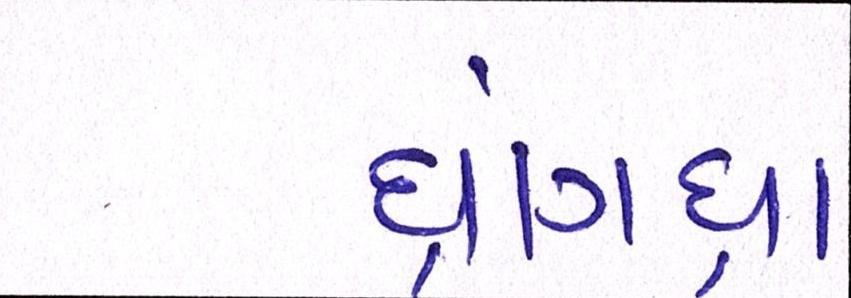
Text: ધ્રાંગધ્રા